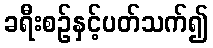
ခရီးစဉ်နှင့်ပတ်သက်၍